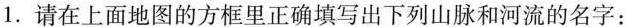
1.请在上面地图的方框里正确填写出下列山脉和河流的名字：